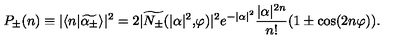
P _ { \pm } ( n ) \equiv | \langle n | \widetilde { \alpha _ { \pm } } \rangle | ^ { 2 } = 2 | \widetilde { N _ { \pm } } ( | \alpha | ^ { 2 } \mathrm { , } \varphi ) | ^ { 2 } e ^ { - | \alpha | ^ { 2 } } \frac { | \alpha | ^ { 2 n } } { n ! } ( 1 \pm \cos ( 2 n \varphi ) ) .